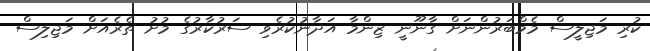
ކުރި މަޖިލީސް މެމްބަރުންނަށް ގާނޫނީ ޒިންމާ އަދާނުކުރެވި ސަރުކާރުގެ މުށު ތެރެއަށް މަޖިލިސް